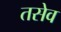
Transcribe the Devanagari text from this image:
तसेव